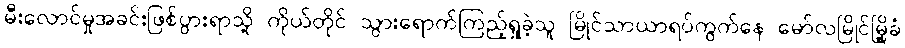
မီးလောင်မှုအခင်းဖြစ်ပွားရာသို့ ကိုယ်တိုင် သွားရောက်ကြည့်ရှုခဲ့သူ မြိုင်သာယာရပ်ကွက်နေ မော်လမြိုင်မြို့ခံ